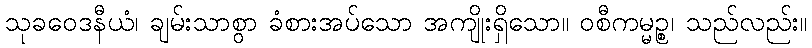
သုခဝေဒနီယံ၊ ချမ်းသာစွာ ခံစားအပ်သော အကျိုးရှိသော။ ဝစီကမ္မဉ္စ၊ သည်လည်း။